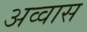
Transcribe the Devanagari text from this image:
अव्वास